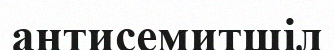
антисемитшіл